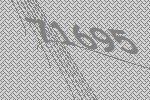
71695